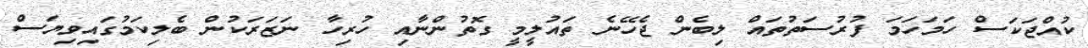
ކުއްޖަކަސް ހަމަހަމަ ފުރުސަތުތައް ލިބެން ޖެހޭނެ ތައުލީމީ ގޮތުންނާއި ހުރިހާ ނަޒަރަކުން ބެލިކަމުގައިވިޔަސް